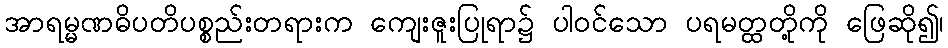
အာရမ္မဏဓိပတိပစ္စည်းတရားက ကျေးဇူးပြုရာ၌ ပါဝင်သော ပရမတ္ထတို့ကို ဖြေဆို၍၊